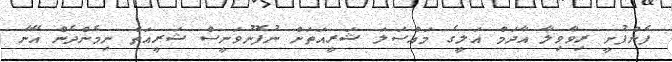
ފެންފުށީ ރިވާވިލާ އާދަމް އަލީގެ މައްސަލަ ޝަރީއަތަށް ނުފޮނުވަނީސް ޝަރީއަތް ނިމެންދެން އޭނާ